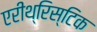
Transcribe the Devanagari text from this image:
एरीथ्रिस्टिक